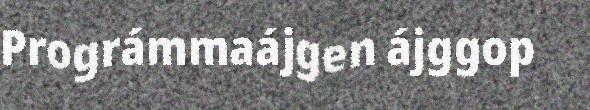
Prográmmaájgen ájggop